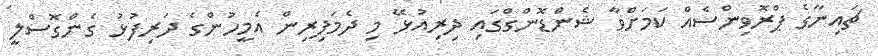
ޗައިނާގެ ޕްރޮވިންސެއް ކަމަށްވާ ޝެންޑޮންގްގައި ދިރިއުޅޭ މި ދެމަފިރިން އެމީހުންގެ ދަރިފުޅު ގެންގޮސްލީ